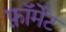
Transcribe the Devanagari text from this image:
फ़ाॅर्मेट